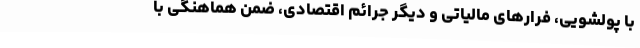
با پولشویی، فرار‌های مالیاتی و دیگر جرائم اقتصادی، ضمن هماهنگی با